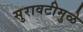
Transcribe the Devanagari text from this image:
सुरावटीमुळे